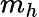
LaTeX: m_{h}